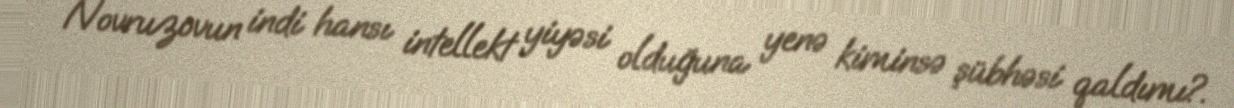
Novruzovun indi hansı intellekt yiyəsi olduğuna yenə kiminsə şübhəsi qaldımı?.